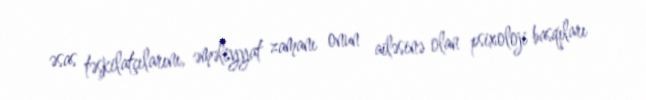
əsas təşkilatçılarını, əməliyyat zamanı onun ailəsinə olan psixoloji basqıları